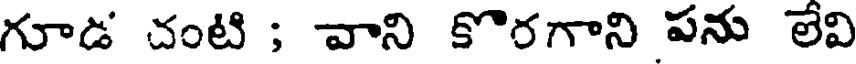
గూడ చంటి ; వాని కొరగాని పను లేవి